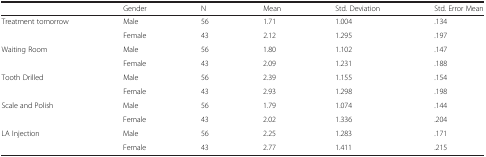
|  | Gender | N | Mean | Std. Deviation | Std. Error Mean |
 | --- | --- | --- | --- | --- | --- |
 | <ROWSPAN=2> Treatment tomorrow | Male | 56 | 1.71 | 1.004 | .134 |
 | Female | 43 | 2.12 | 1.295 | .197 |
 | <ROWSPAN=2> Waiting Room | Male | 56 | 1.80 | 1.102 | .147 |
 | Female | 43 | 2.09 | 1.231 | .188 |
 | <ROWSPAN=2> Tooth Drilled | Male | 56 | 2.39 | 1.155 | .154 |
 | Female | 43 | 2.93 | 1.298 | .198 |
 | <ROWSPAN=2> Scale and Polish | Male | 56 | 1.79 | 1.074 | .144 |
 | Female | 43 | 2.02 | 1.336 | .204 |
 | <ROWSPAN=2> LA Injection | Male | 56 | 2.25 | 1.283 | .171 |
 | Female | 43 | 2.77 | 1.411 | .215 |